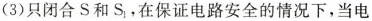
(3)只闭合S和 S_{1} 在保证电路安全的情况下，当电